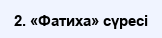
2. «Фатиха» сүресі